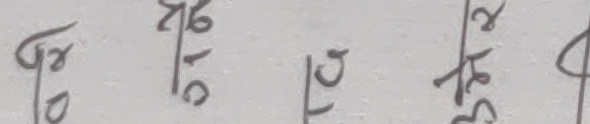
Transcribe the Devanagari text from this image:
फ/० २६/१० ९/८ ३८/५ २/५